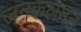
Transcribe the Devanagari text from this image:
जनकलमन